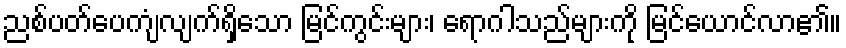
ညစ်ပတ်ပေကျံလျက်ရှိသော မြင်ကွင်းများ၊ ရောဂါသည်များကို မြင်ယောင်လာ၏။